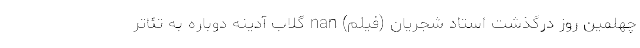
چهلمین روز درگذشت استاد شجریان (فیلم) nan گلاب آدینه دوباره به تئاتر